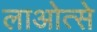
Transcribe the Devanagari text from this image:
लाओत्से